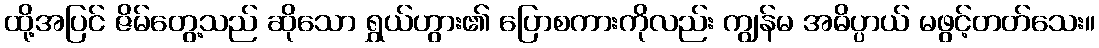
ထို့အပြင် ဇိမ်တွေ့သည် ဆိုသော ရွှယ်ဟွား၏ ပြောစကားကိုလည်း ကျွန်မ အဓိပ္ပာယ် မဖွင့်တတ်သေး။